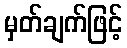
မှတ်ချက်ဖြင့်